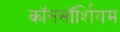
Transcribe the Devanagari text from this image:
कॉनसॉर्शियम